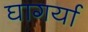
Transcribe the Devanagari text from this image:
घागर्या